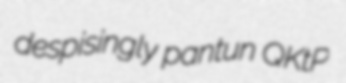
despisingly pantun QKtP